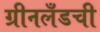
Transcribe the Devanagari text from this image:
ग्रीनलँडची